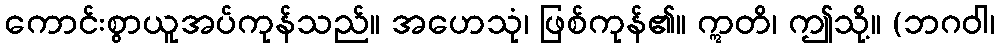
ကောင်းစွာယူအပ်ကုန်သည်။ အဟေသုံ၊ ဖြစ်ကုန်၏။ ဣတိ၊ ဤသို့။ (ဘဂဝါ၊